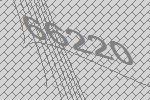
66220